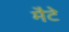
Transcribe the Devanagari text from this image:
मैटे